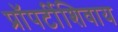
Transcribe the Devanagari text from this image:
प्रॉपर्टीशिवाय